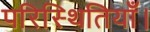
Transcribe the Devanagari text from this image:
परिस्थितियाँ।